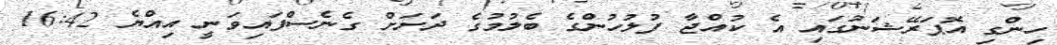
ހިންގި އޮޕަރޭޝަނުގައި އެ ކުއްޖާ ފުލުހުންގެ ބެލުމުގެ ދަށަށް ގެނެސްފައިވަނީ އިއްޔެ 16:42